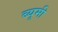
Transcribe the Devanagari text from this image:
ब्यूमी